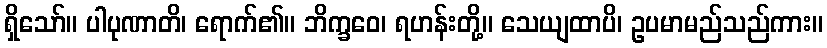
ရှိသော်။ ပါပုဏာတိ၊ ရောက်၏။ ဘိက္ခဝေ၊ ရဟန်းတို့။ သေယျထာပိ၊ ဥပမာမည်သည်ကား။